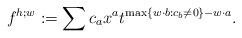
LaTeX: \begin{align*}f^{h;w}:=\sum c_ax^a t^{\max\{w\cdot b:c_b\not =0\}-w\cdot a}.\end{align*}